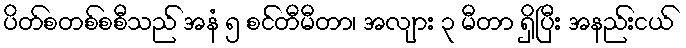
ပိတ်စတစ်စစီသည် အနံ ၅ စင်တီမီတာ၊ အလျား ၃ မီတာ ရှိပြီး အနည်းငယ်